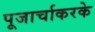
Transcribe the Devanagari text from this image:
पूजार्चाकरके